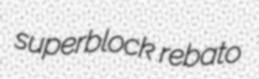
superblock rebato